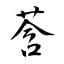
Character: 莟